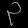
Digit: ၃